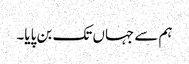
ہم سے جہاں تک بن پایا۔